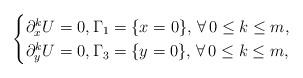
LaTeX: \begin{align*}\begin{cases}\partial^{k}_{x}U=0, \Gamma_{1}=\{x=0 \},\,\forall\, 0\leq k\leq m, \\\partial^{k}_{y}U=0, \Gamma_{3}=\{y=0 \},\,\forall\, 0\leq k\leq m, \end{cases}\end{align*}